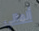
ألماني